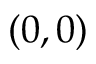
( 0 , 0 )